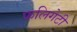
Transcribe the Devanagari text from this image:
फलिगेटी